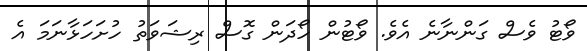
ވޯޓު ވެސް ގަންނާނެ އެވެ. ވޯޓުން ހޯދަން ގޮސް ރިޝަވަތު ހުށަހަޅާނަމަ އެ